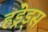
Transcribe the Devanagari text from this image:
हंड्रेड्स